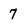
Character: 7